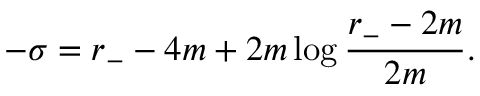
- \sigma = r _ { - } - 4 m + 2 m \log \frac { r _ { - } - 2 m } { 2 m } .